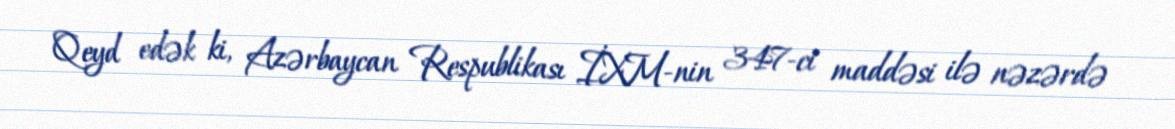
Qeyd edək ki, Azərbaycan Respublikası İXM-nin 347-ci maddəsi ilə nəzərdə